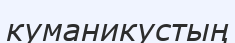
куманикустың